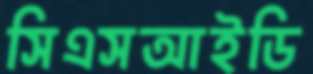
সিএসআইডি